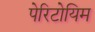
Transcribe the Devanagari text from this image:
पेरिटोयिम